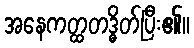
အနေကတ္ထတဒ္ဓိတ်ပြီး၏။